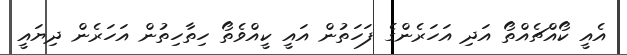
އެއީ ކޯއްޗެއްތޯ އަދި އަހަރެންގެ ފަހަތުން އައީ ކީއްވެތޯ ހިތާހިތުން އަހަރެން ދިޔައީ